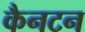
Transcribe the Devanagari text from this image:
कैनटन